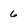
Character: 6